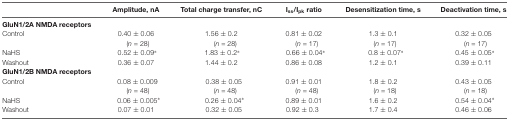
<table><thead><tr><td></td><td><b>Amplitude, nA</b></td><td><b>Total charge transfer, nC</b></td><td><b>I<sub>ss</sub>/I<sub>pk</sub> ratio</b></td><td><b>Desensitization time, s</b></td><td><b>Deactivation time, s</b></td></tr></thead><tbody><tr><td><b>GluN1/2A NMDA receptors</b></td><td></td><td></td><td></td><td></td><td></td></tr><tr><td>Control</td><td>0.40 ± 0.06</td><td>1.56 ± 0.2</td><td>0.81 ± 0.02</td><td>1.3 ± 0.1</td><td>0.32 ± 0.05</td></tr><tr><td></td><td>(<i>n</i> = 28)</td><td>(<i>n</i> = 28)</td><td>(<i>n</i> = 17)</td><td>(<i>n</i> = 17)</td><td>(<i>n</i> = 17)</td></tr><tr><td>NaHS</td><td>0.52 ± 0.09*</td><td>1.83 ± 0.2*</td><td>0.66 ± 0.04*</td><td>0.8 ± 0.07*</td><td>0.45 ± 0.05*</td></tr><tr><td>Washout</td><td>0.36 ± 0.07</td><td>1.44 ± 0.2</td><td>0.86 ± 0.08</td><td>1.2 ± 0.1</td><td>0.39 ± 0.11</td></tr><tr><td><b>GluN1/2B NMDA receptors</b></td><td></td><td></td><td></td><td></td><td></td></tr><tr><td>Control</td><td>0.08 ± 0.009</td><td>0.38 ± 0.05</td><td>0.91 ± 0.01</td><td>1.8 ± 0.2</td><td>0.43 ± 0.05</td></tr><tr><td></td><td>(<i>n</i> = 48)</td><td>(<i>n</i> = 48)</td><td>(<i>n</i> = 48)</td><td>(<i>n</i> = 18)</td><td>(<i>n</i> = 18)</td></tr><tr><td>NaHS</td><td>0.06 ± 0.005*</td><td>0.26 ± 0.04*</td><td>0.89 ± 0.01</td><td>1.6 ± 0.2</td><td>0.54 ± 0.04*</td></tr><tr><td>Washout</td><td>0.07 ± 0.01</td><td>0.32 ± 0.05</td><td>0.92 ± 0.3</td><td>1.7 ± 0.4</td><td>0.46 ± 0.06</td></tr></tbody></table>